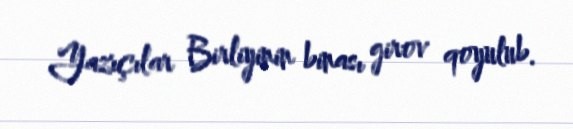
Yazıçılar Birliyinin binası girov qoyulub.